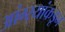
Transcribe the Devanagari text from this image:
आंग्र्‍यांकडून